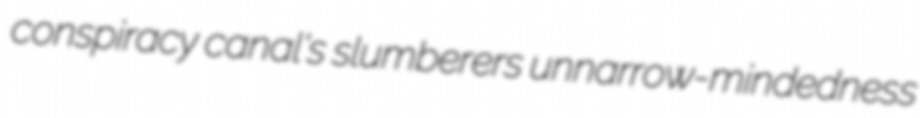
conspiracy canal's slumberers unnarrow-mindedness